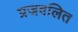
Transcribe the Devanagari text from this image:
प्रजवलित